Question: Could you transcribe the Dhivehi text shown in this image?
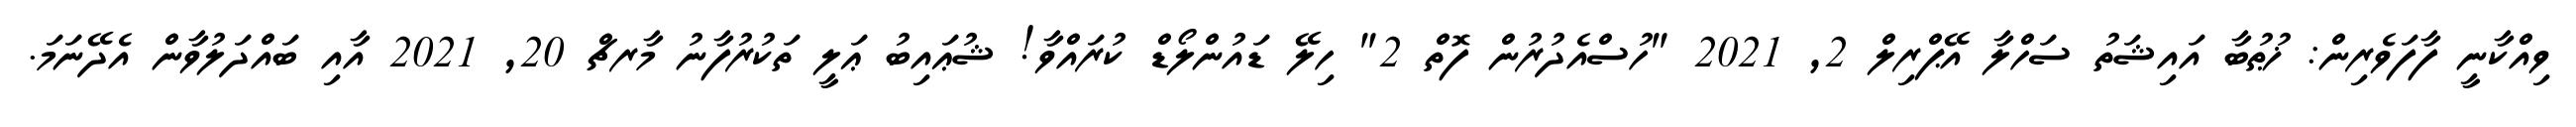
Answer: ވިއްކާނީ ފާފަވެރިން: ޚުޠުބާ އައިޝަތު ސަހްލާ އޭޕްރިލް 2, 2021 "ހުސްއެދުރުން ފޮތް 2" ހިލޭ ޑައުންލޯޑް ކުރައްވާ! ޝުޢައިބު ޢަލީ ތަކުރުފާނު މާރޗް 20, 2021 އާއި ބައްދަލުވާން އެދޭނަމަ.